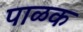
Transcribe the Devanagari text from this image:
पाळक